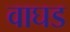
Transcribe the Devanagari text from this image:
वाघड